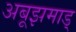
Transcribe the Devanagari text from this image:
अबूझमाड्